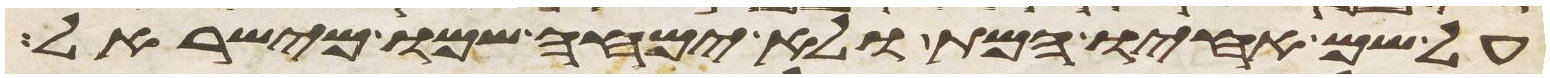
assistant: על שם אחיו המת ולא ימחה שמו מישראל